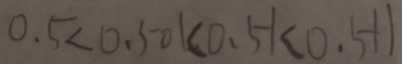
0 . 5 < 0 . 5 0 1 < 0 . 5 1 < 0 . 5 1 1